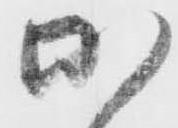
加